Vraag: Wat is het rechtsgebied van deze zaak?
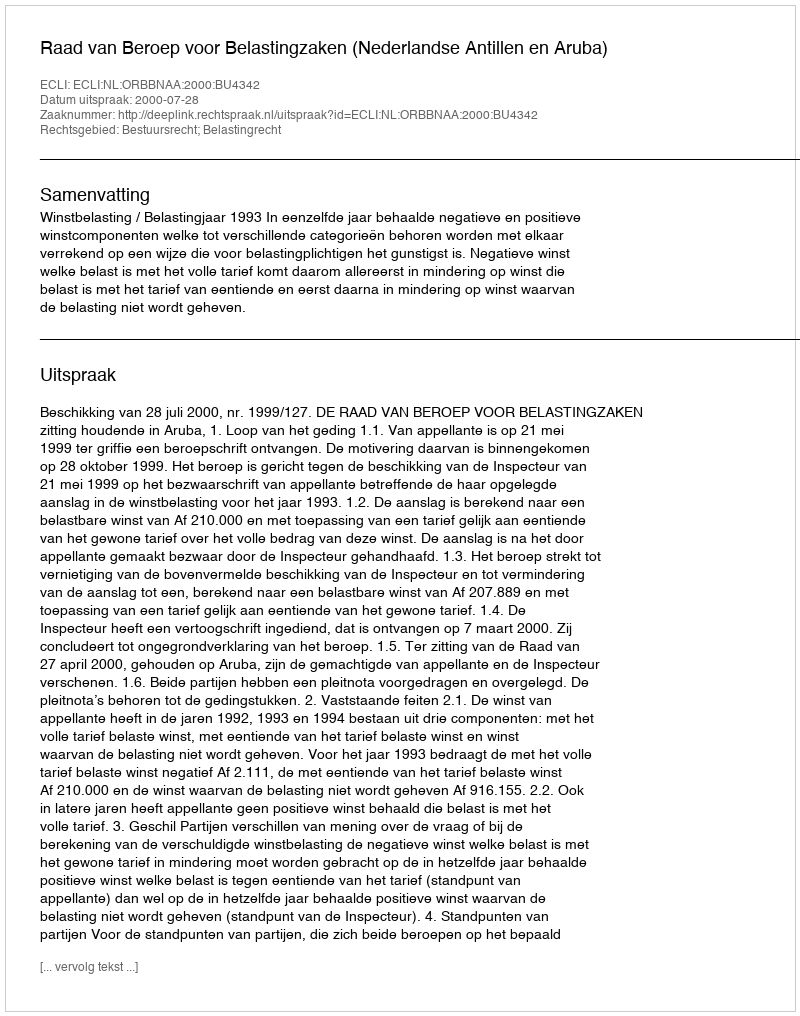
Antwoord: Bestuursrecht; Belastingrecht